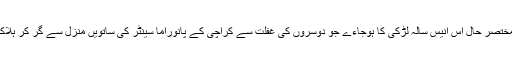
مگر پہلے مختصر حال اس انیس سالہ لڑکی کا ہوجاءے جو دوسروں کی غفلت سے کراچی کے پانوراما سینٹر کی ساتویں منزل سے گر کر ہلاک ہو گءی۔